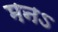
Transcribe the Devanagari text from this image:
मनऽ